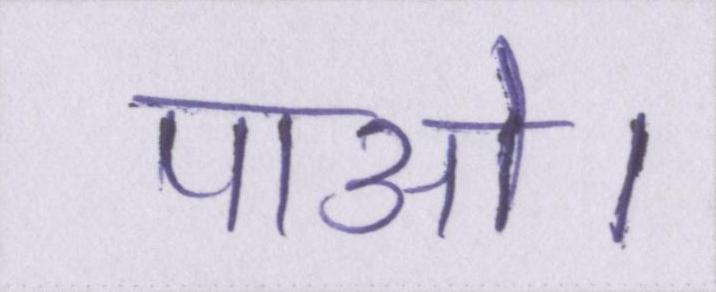
पाओ।